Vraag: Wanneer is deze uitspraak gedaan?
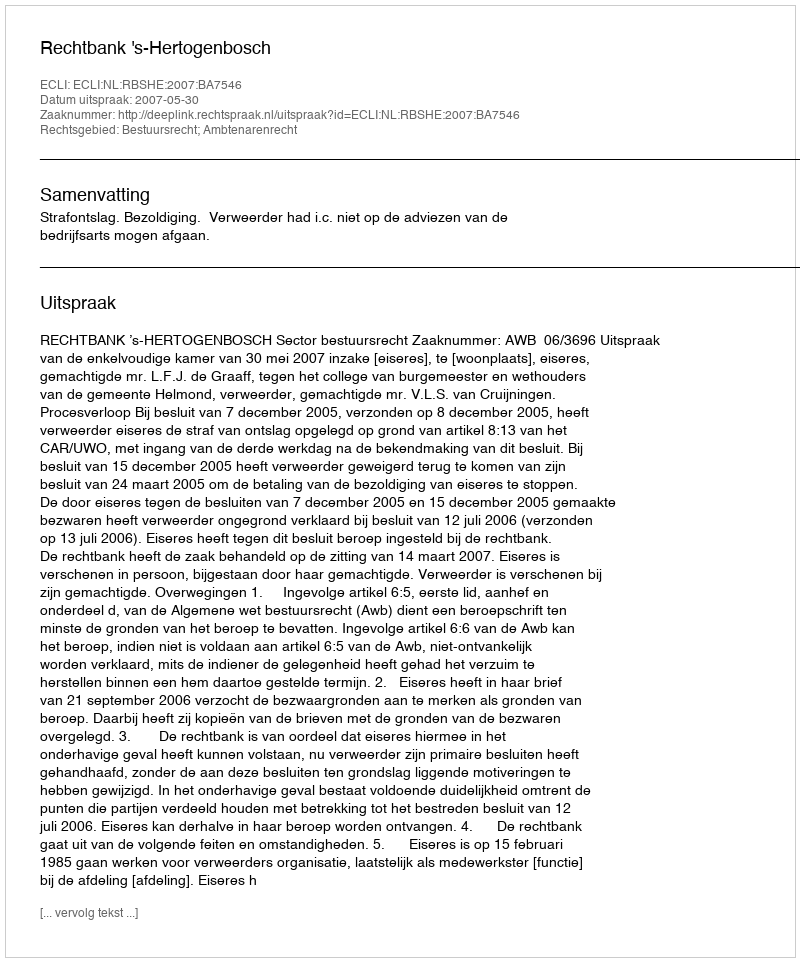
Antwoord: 2007-05-30